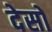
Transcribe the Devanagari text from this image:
देसों